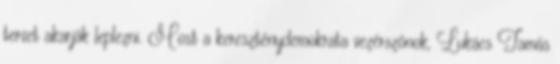
tervet akarják leplezni. Most a kereszténydemokrata vezérszónok, Lukács Tamás